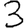
Digit: 3